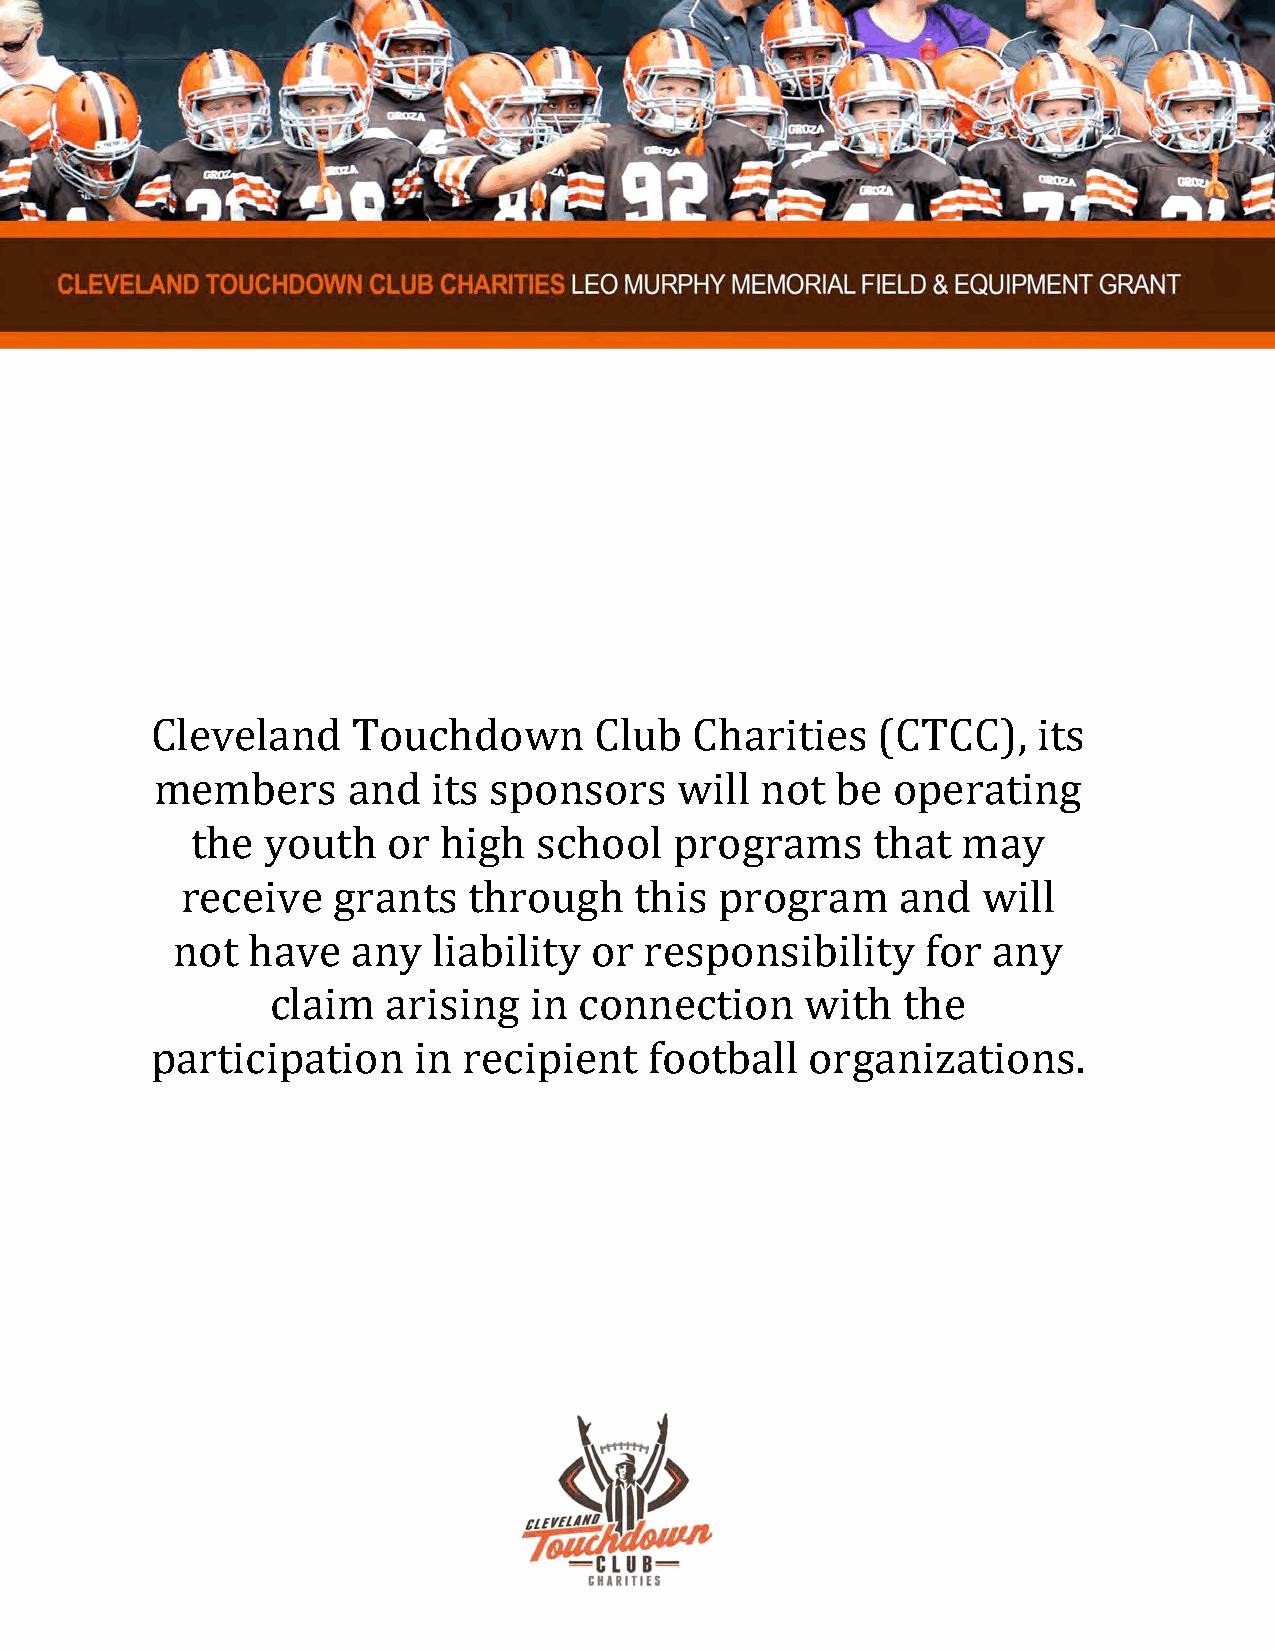
Cleveland    Touchdown       Club   Charities   (CTCC),    its
 members      and   its sponsors    will not  be  operating
 the youth    or high  school    programs     that  may
 receive   grants   through    this  program     and  will
 not  have   any   liability or  responsibility    for  any
 claim   arising  in connection     with   the
 participation    in  recipient   football   organizations.